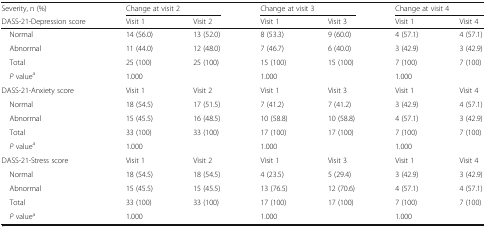
<table><thead><tr><td><b>Severity, n (%)</b></td><td colspan="2"><b>Change at visit 2</b></td><td colspan="2"><b>Change at visit 3</b></td><td colspan="2"><b>Change at visit 4</b></td></tr><tr><td><b>DASS-21-Depression score</b></td><td><b>Visit 1</b></td><td><b>Visit 2</b></td><td><b>Visit 1</b></td><td><b>Visit 3</b></td><td><b>Visit 1</b></td><td><b>Visit 4</b></td></tr></thead><tbody><tr><td> Normal</td><td>14 (56.0)</td><td>13 (52.0)</td><td>8 (53.3)</td><td>9 (60.0)</td><td>4 (57.1)</td><td>4 (57.1)</td></tr><tr><td> Abnormal</td><td>11 (44.0)</td><td>12 (48.0)</td><td>7 (46.7)</td><td>6 (40.0)</td><td>3 (42.9)</td><td>3 (42.9)</td></tr><tr><td> Total</td><td>25 (100)</td><td>25 (100)</td><td>15 (100)</td><td>15 (100)</td><td>7 (100)</td><td>7 (100)</td></tr><tr><td> <i>P</i> value<sup>a</sup></td><td colspan="2">1.000</td><td colspan="2">1.000</td><td colspan="2">1.000</td></tr><tr><td>DASS-21-Anxiety score</td><td>Visit 1</td><td>Visit 2</td><td>Visit 1</td><td>Visit 3</td><td>Visit 1</td><td>Visit 4</td></tr><tr><td> Normal</td><td>18 (54.5)</td><td>17 (51.5)</td><td>7 (41.2)</td><td>7 (41.2)</td><td>3 (42.9)</td><td>4 (57.1)</td></tr><tr><td> Abnormal</td><td>15 (45.5)</td><td>16 (48.5)</td><td>10 (58.8)</td><td>10 (58.8)</td><td>4 (57.1)</td><td>3 (42.9)</td></tr><tr><td> Total</td><td>33 (100)</td><td>33 (100)</td><td>17 (100)</td><td>17 (100)</td><td>7 (100)</td><td>7 (100)</td></tr><tr><td> <i>P</i> value<sup>a</sup></td><td colspan="2">1.000</td><td colspan="2">1.000</td><td colspan="2">1.000</td></tr><tr><td>DASS-21-Stress score</td><td>Visit 1</td><td>Visit 2</td><td>Visit 1</td><td>Visit 3</td><td>Visit 1</td><td>Visit 4</td></tr><tr><td> Normal</td><td>18 (54.5)</td><td>18 (54.5)</td><td>4 (23.5)</td><td>5 (29.4)</td><td>3 (42.9)</td><td>3 (42.9)</td></tr><tr><td> Abnormal</td><td>15 (45.5)</td><td>15 (45.5)</td><td>13 (76.5)</td><td>12 (70.6)</td><td>4 (57.1)</td><td>4 (57.1)</td></tr><tr><td> Total</td><td>33 (100)</td><td>33 (100)</td><td>17 (100)</td><td>17 (100)</td><td>7 (100)</td><td>7 (100)</td></tr><tr><td> <i>P</i> value<sup>a</sup></td><td colspan="2">1.000</td><td colspan="2">1.000</td><td colspan="2">1.000</td></tr></tbody></table>